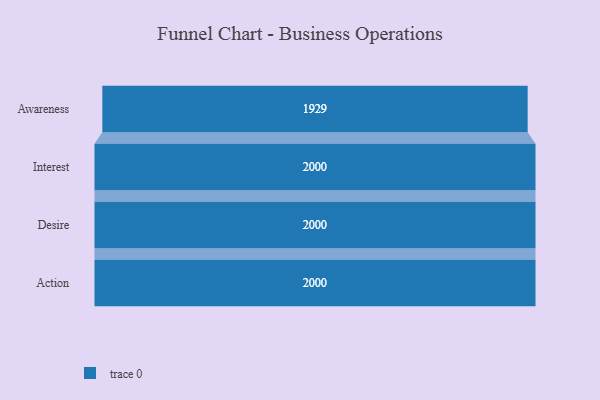
{"axis": {"x": "Stage", "y": "Value"}, "legend": [""], "data": [{"x": "Awareness", "y": 1929.0, "type": ""}, {"x": "Interest", "y": 2000, "type": ""}, {"x": "Desire", "y": 2000, "type": ""}, {"x": "Action", "y": 2000, "type": ""}]}